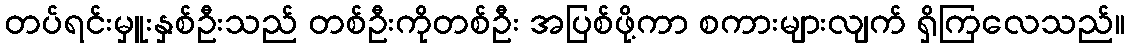
တပ်ရင်းမှူးနှစ်ဦးသည် တစ်ဦးကိုတစ်ဦး အပြစ်ဖို့ကာ စကားများလျက် ရှိကြလေသည်။